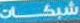
شبكات